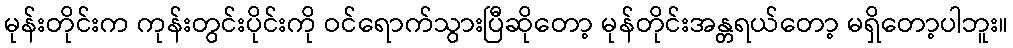
မုန်းတိုင်းက ကုန်းတွင်းပိုင်းကို ဝင်ရောက်သွားပြီဆိုတော့ မုန်တိုင်းအန္တရယ်တော့ မရှိတော့ပါဘူး။